Report on vaccination in Madras 1922-1929 - 1922-1929
Year: 1922
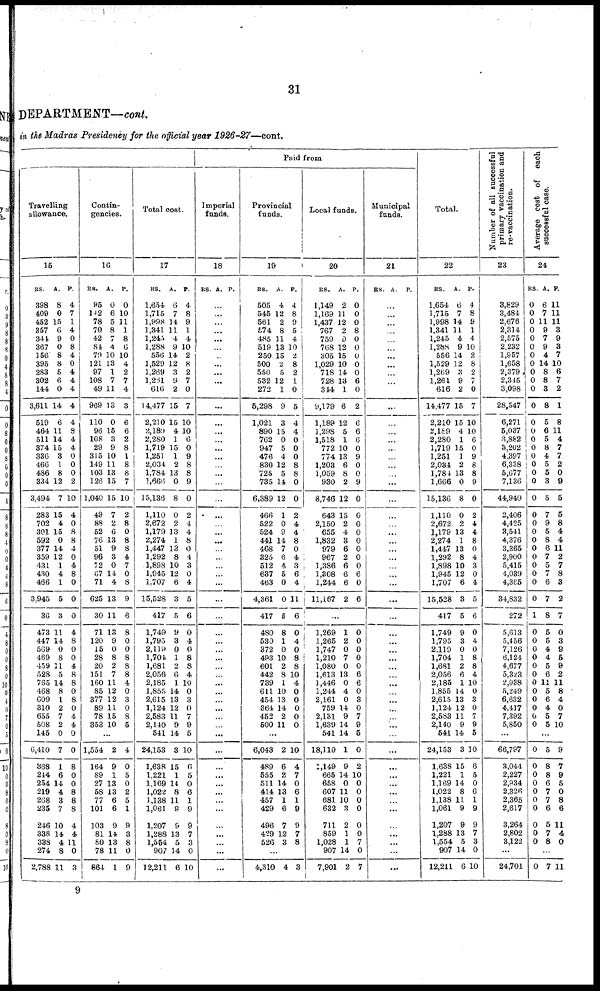
31
DEPARTMENT—cont.
in the Madras Presidency for the official year 1926-27—cont.
Travelling
allowance.
15
RS.
398
409
452
357
341
367
156
395
283
302
144
3,611
519
464
511
374
336
466
486
334
3,494
283
702
301
592
377
359
431
430
466
3,945
36
473
447
569
469
459
528
765
468
609
310
655
508
145
6,410
868
244
254
219
268
235
246
338
338
274
2,788
A.
8
0
15
6
9
0
8
8
5
6
0
14
6
11
14
15
8
1
8
12
7
15
4
15
0
14
12
1
4
1
5
3
11
14
0
8
11
5
14
8
1
2
7
2
0
7
1
6
14
4
3
7
10
14
4
8
11
P.
4
7
1
4
0
8
4
0
4
4
4
4
4
8
4
4
0
0
0
2
10
4
0
8
8
4
0
4
8
0
0
0
4
8
0
0
4
8
8
0
8
0
4
4
0
0
8
0
0
8
8
8
4
4
11
0
3
Contin-
gencies.
16
RS.
95
142
78
70
42
84
79
121
97
108
49
969
110
96
108
29
315
149
103
126
1,040
49
88
52
76
51
96
72
67
71
625
30
71
120
15
28
20
151
160
85
377
89
78
353
A.
0
6
5
8
7
4
10
13
1
7
11
13
0
15
3
9
10
11
13
15
15
7
2
6
13
9
3
0
14
4
13
11
13
9
0
8
2
7
11
12
12
11
15
10
P.
0
10
11
1
8
6
10
4
2
7
4
3
6
6
2
8
1
8
8
7
10
2
8
0
8
8
4
7
0
8
9
6
8
0
0
8
8
8
4
0
3
0
8
5
...
1,554
164
89
27
58
77
101
103
81
80
78
864
2
9
1
13
13
6
6
9
14
13
11
1
4
0
5
0
2
5
1
9
3
8
0
9
Total cost.
17
RS.
1,654
1,715
1,998
1,341
1,245
1,288
556
1,529
1,269
1,231
616
14,477
2,210
2,189
2,280
1,719
1,251
2,034
1,784
1,666
15,136
1,110
2,672
1,179
2,274
1,447
1,292
1,898
1,945
1,707
15,528
417
1,749
1,795
2,119
1,704
1,681
2,056
2,185
1,855
2,615
1,124
2,583
2,140
541
24,153
1,638
1,221
1,169
1,022
1,138
1,061
1,207
1,288
1,554
907
12,211
A.
6
7
14
11
4
9
14
12
3
9
2
15
15
4
1
15
1
2
13
0
8
0
2
13
1
13
8
10
12
6
3
5
9
3
0
1
2
6
1
14
13
12
11
9
14
3
15
1
14
8
11
9
9
13
5
14
6
P.
4
8
9
1
4
10
2
8
2
7
0
7
10
10
6
0
9
8
8
9
0
2
4
4
8
0
4
3
0
4
5
6
0
4
0
8
8
4
10
0
3
0
7
9
5
10
6
5
0
6
1
9
9
7
3
0
10
Paid from
Imperial
funds.
18
RS. A. P.
...
...
...
...
...
...
...
...
...
...
...
...
...
...
...
...
...
...
...
...
...
...
...
...
...
...
...
...
...
...
...
...
...
...
...
...
...
...
...
...
...
...
...
...
...
...
...
...
...
...
...
...
...
...
...
...
...
Provincial
funds.
19
RS.
505
545
561
574
485
519
250
500
550
532
272
5,298
1,021
890
762
947
476
830
725
735
6,389
466
522
524
441
468
325
512
637
463
4,361
417
480
530
372
493
601
442
739
611
454
364
452
500
A.
4
12
2
8
11
13
15
2
5
12
1
9
3
15
0
5
4
12
5
14
12
1
0
9
14
7
6
4
5
0
0
5
8
1
0
10
2
8
1
10
13
14
2
11
P.
4
8
9
5
4
10
2
8
2
1
0
5
4
4
0
0
0
8
8
0
0
2
4
4
8
0
4
3
6
4
11
6
0
4
0
8
8
10
4
0
0
0
0
0
...
6,043
489
555
511
414
457
429
496
429
526
2
6
2
14
13
1
6
7
12
3
10
4
7
0
6
1
9
9
7
8
...
4,310 4 3
Local funds.
20
RS.
1,149
1,169
1,437
767
759
768
305
1,029
718
728
344
9,179
1,189
1,298
1,518
772
774
1,203
1,059
930
8,746
643
2,150
655
1,832
979
967
1,386
1,308
1,244
11,167
A.
2
11
12
2
9
12
15
10
14
13
1
6
12
5
1
10
13
6
8
2
12
15
2
4
3
6
2
6
6
6
2
P.
0
0
0
8
0
0
0
0
0
6
0
2
6
6
6
0
9
0
0
9
0
0
0
0
0
0
0
0
6
0
6
...
1,269
1,265
1,747
1,210
1,080
1,613
1,446
1,244
2,161
759
2,131
1,639
541
18,110
1,149
665
658
607
681
632
711
859
1,028
907
7,901
1
2
0
7
0
13
0
4
0
14
9
14
14
1
9
14
0
11
10
3
2
1
1
14
2
0
0
0
0
0
6
6
0
8
0
7
9
5
0
2
10
0
0
0
0
0
0
7
0
7
Municipal
funds.
21
RS. A. P.
...
...
...
...
...
...
...
...
...
...
...
...
...
...
...
...
...
...
...
...
...
...
...
...
...
...
...
...
...
...
...
...
...
...
...
...
...
...
...
...
...
...
...
...
...
...
...
...
...
...
...
...
...
...
...
...
...
Total.
22
RS.
1,654
1,715
1,998
1,341
1,245
1,288
556
1,529
1,269
1,261
616
14,477
2,210
2,189
2,280
1,719
1,251
2,084
1,784
1,666
15,136
1,110
2,672
1,179
2,274
1,447
1,292
1,898
1,945
1,707
15,528
417
1,749
1,795
2,119
1,704
1,681
2,056
2,185
1,855
2,615
1,124
2,583
2,140
541
24,153
1,638
1,221
1,169
1,022
1,138
1,061
1,207
1,288
1,554
907
12,211
A.
6
7
14
11
4
9
14
12
3
9
2
15
15
4
1
15
1
2
18
0
8
0
2
13
1
13
8
10
12
6
3
5
9
3
0
1
2
6
1
14
13
12
11
9
14
3
15
1
14
8
11
9
9
13
5
14
6
P.
4
8
9
1
4
10
2
8
2
7
0
7
10
10
6
0
9
8
8
9
0
2
4
4
8
0
4
3
0
4
5
6
0
4
0
8
8
4
10
0
3
0
7
9
5
10
6
5
0
6
1
9
9
7
3
0
10
Number of all successful
primary vaccination and
re-vaccination.
23
3,829
3,484
2,676
2,314
2,575
2,232
1,957
1,658
2,379
2,345
3,098
28,547
6,271
5,037
6,882
3,202
4,397
6,338
5,677
7,136
44,940
2,406
4,425
3,541
4,376
3,365
2,900
5,415
4,039
4,365
34,832
272
5,613
5,456
7,126
6,124
4,677
5,323
2,938
5,249
6,632
4,417
7,392
5,850
...
66,797
3,044
2,227
2,934
2,326
2,365
2,617
3,264
2,802
3,122
...
24,701
Average cost of each
successful case.
24
RS.
0
0
0
0
0
0
0
0
0
0
0
0
0
0
0
0
0
0
0
0
0
0
0
0
0
0
0
0
0
0
0
1
0
0
0
0
0
0
0
0
0
0
0
0
A.
6
7
11
9
7
9
4
14
8
8
3
8
5
6
5
8
4
5
5
3
5
7
9
5
8
6
7
5
7
6
7
8
5
5
4
4
5
6
11
5
6
4
5
5
P.
11
11
11
3
9
3
7
10
6
7
2
1
8
11
4
7
7
2
0
9
5
5
8
4
4
11
2
7
8
3
2
7
0
3
9
5
9
2
11
8
4
0
7
10
...
0
0
0
0
0
0
0
0
0
0
5
8
8
6
7
7
6
5
7
8
9
7
9
5
0
8
6
11
4
0
...
0 7 11
9